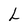
Character: L